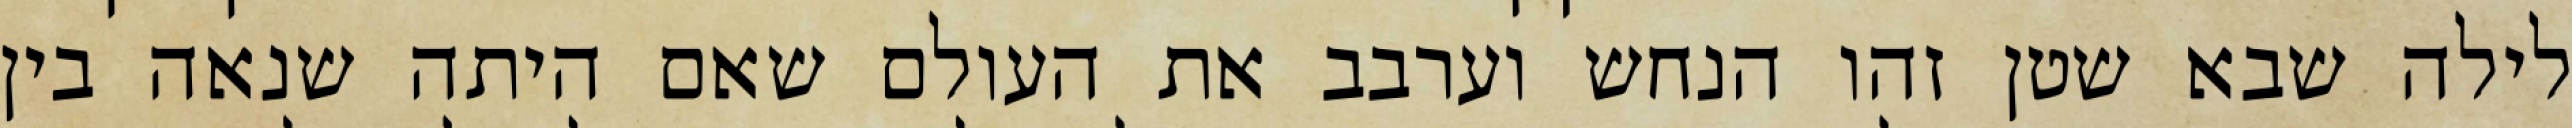
לילה שבא שטן זהו הנחש וערבב את העולם שאם היתה שנאה בין